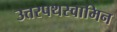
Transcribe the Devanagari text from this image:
उत्तरपथस्वामिन